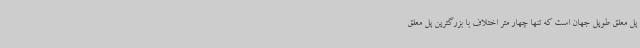
پل معلق طویل جهان است که تنها چهار متر اختلاف با بزرگترین پل معلق